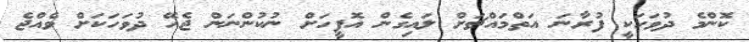
ކޮންމެ ދުވަހަކީ ފުރާނަ އަތްމައްޗަަށް ލައިގެން އޮފީހަށް ނުކުންނަން ޖެހޭ ދުވަހަކަށް ވެއްޖެ